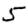
Digit: 5